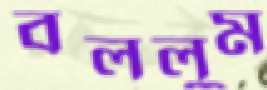
বললুম